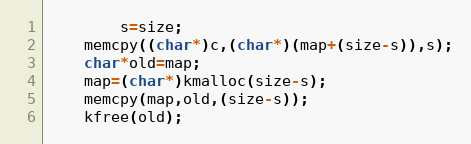
Language: C++
		s=size;
	memcpy((char*)c,(char*)(map+(size-s)),s);
	char*old=map;
	map=(char*)kmalloc(size-s);
	memcpy(map,old,(size-s));
	kfree(old);